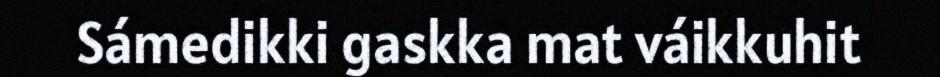
Sámedikki gaskka mat váikkuhit